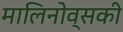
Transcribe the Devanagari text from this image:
मालिनोव्सकी